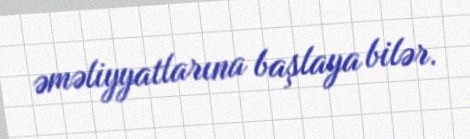
əməliyyatlarına başlaya bilər.